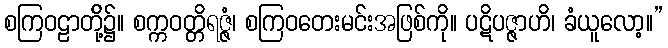
စကြဝဠာတို့်၌။ စက္ကဝတ္တိရဇ္ဇံ၊ စကြဝတေးမင်းအဖြစ်ကို။ ပဋိပဇ္ဇာဟိ၊ ခံယူလော့။”